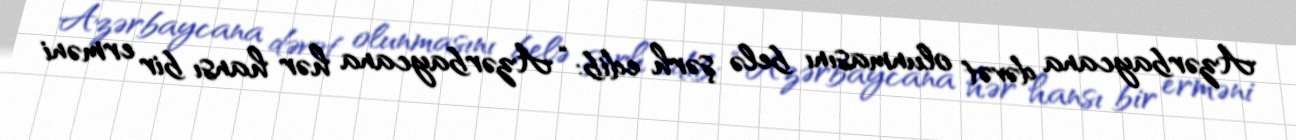
Azərbaycana dəvət olunmasını belə şərh edib: “Azərbaycana hər hansı bir erməni